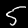
Digit: 5